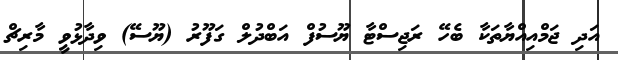
އަދި ޖަމްއިއްޔާތަކާ ބެހޭ ރަޖިސްޓާ ޔޫސުފް އަބްދުލް ގަފޫރު (ޔޫސޭ) ވިދާޅުވީ މާރިޗް